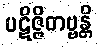
ပဋိဇ္ဇိတဗ္ဗန္တိ